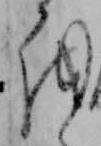
を